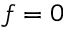
f = 0